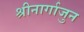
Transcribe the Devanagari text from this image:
श्रीनार्गाजुन